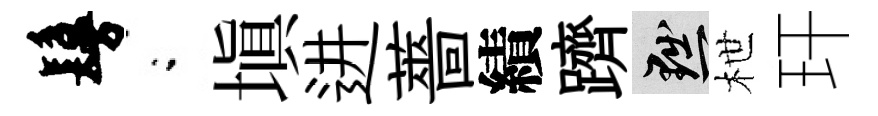
鬘閤塡进薔績躋黜枻玕